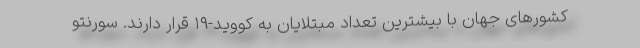
کشورهای جهان با بیشترین تعداد مبتلایان به کووید-۱۹ قرار دارند. سورنتو